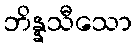
ဘိန္နသီသော